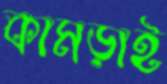
কামড়াই